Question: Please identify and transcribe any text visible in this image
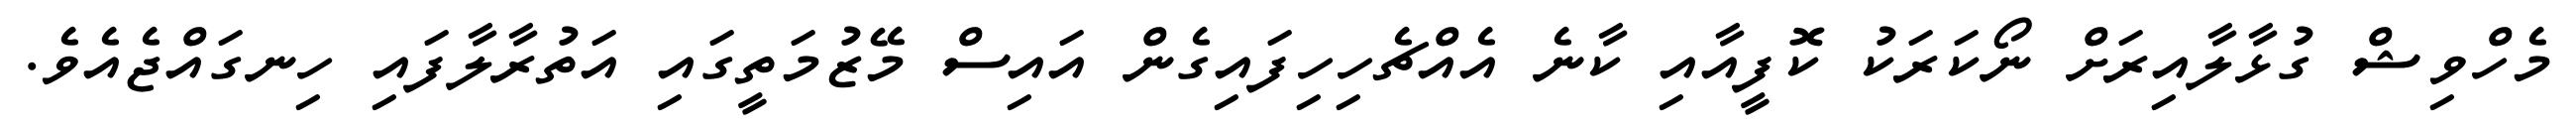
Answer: މެހްވިޝް ގުޅާލާއިރަށް ނޯކަރަކު ކޮފީއާއި ކާނެ އެއްޗެހިހިފައިގެން އައިސް މޭޒުމަތީގައި އަތުރާލާފައި ހިނގައްޖެއެވެ.